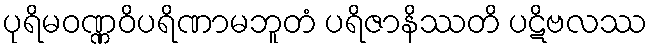
ပုရိမဝဏ္ဏဝိပရိဏာမဘူတံ ပရိဇာနိဿတိ ပဋိဗလဿ